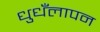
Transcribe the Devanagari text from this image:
धुधँलापन